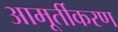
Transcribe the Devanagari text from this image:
आमूर्तीकरण